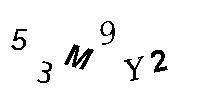
53M9Y2